Triennial report on the lunatic asylums in the province of Eastern Bengal and Assam - 1903-1911
Year: 1903
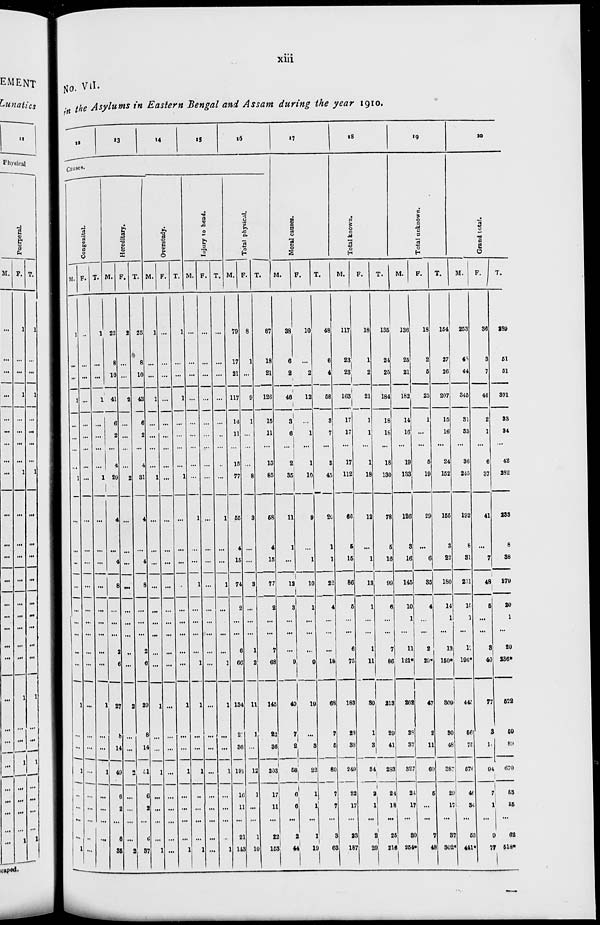
xiii
No. VII.
in the Asylums in Eastern Bengal and Assam during the year 1910.
12
13
14
15
16
Causes.
Congenital.
M.
1
...
...
1
...
...
...
...
1
...
...
...
...
...
...
...
...
...
1
...
...
1
...
...
...
...
1
F.
...
...
...
...
...
...
...
...
...
...
...
...
...
...
...
...
...
...
...
...
...
...
...
...
...
...
...
T.
1
...
...
1
...
...
...
...
1
...
...
...
...
...
...
...
...
...
1
...
...
1
...
...
...
...
1
Hereditary.
M.
23
8
10
41
6
2
...
4
29
4
...
4
8
...
...
...
2
6
27
8
14
49
6
2
...
6
35
F.
2
...
...
2
...
...
...
2
...
...
...
...
...
...
...
...
...
2
...
...
2
...
...
...
...
2
T.
25
8
10
43
6
2
...
4
31
4
...
4
8
...
...
...
2
6
29
8
14
51
6
2
...
6
37
Overstudy.
M.
1
...
...
1
...
...
...
...
1
...
...
...
...
...
...
...
...
1
...
...
1
...
...
...
...
1
F.
...
...
...
...
...
...
...
...
...
...
...
...
...
...
...
...
...
...
...
...
...
...
...
...
...
...
...
T.
1
...
...
1
...
...
...
...
1
...
...
...
...
...
...
...
...
...
1
...
...
1
...
...
...
...
1
Injury to head.
M.
...
...
...
...
...
...
...
...
...
1
...
...
1
...
...
...
...
1
1
...
...
1
..
...
...
...
1
F.
...
...
...
...
...
...
...
...
...
...
...
...
...
...
...
...
...
...
...
...
...
...
...
...
...
...
...
T.
...
...
...
...
...
...
...
..
...
1
...
...
1
...
...
...
...
1
1
...
...
1
...
...
...
...
1
Total physical.
M.
79
17
21
117
14
11
...
15
77
55
4
15
74
2
...
...
6
66
134
2
36
191
16
11
...
21
143
F.
8
1
...
9
1
...
...
...
8
3
...
...
3
...
...
...
1
2
11
1
...
12
1
...
...
1
10
T.
87
18
21
126
15
11
...
15
85
58
4
15
77
2
...
...
7
68
145
22
36
203
17
11
...
22
153
17
Moral causes.
M.
38
6
2
46
3
6
...
2
35
11
1
...
12
3
...
...
...
9
49
7
2
58
6
6
...
2
44
F.
10
...
2
12
...
1
...
1
10
9
...
1
10
1
...
...
...
9
19
...
3
22
1
1
...
1
19
T.
48
6
4
58
3
7
...
3
45
20
1
1
22
4
...
...
...
18
68
7
5
80
7
7
...
3
63
18
Total known.
M.
117
23
23
163
17
17
...
17
112
66
5
15
86
5
...
...
6
75
183
28
38
249
22
17
...
23
187
F.
18
1
2
21
1
1
...
1
18
12
...
1
13
1
...
...
1
11
30
1
3
34
2
1
...
2
29
T.
135
24
25
184
18
18
...
18
130
78
5
16
99
6
...
...
7
86
213
29
41
283
24
18
...
25
216
19
Total unknown.
M.
136
25
21
182
14
16
...
19
133
126
3
16
145
10
1
...
11
121*
262
28
37
327
24
17
...
30
254*
F.
18
2
5
25
1
...
...
5
19
29
...
6
35
4
...
...
2
29
47
2
11
60
5
...
...
7
48
T.
154
27
26
207
15
16
...
24
152
155
3
22
180
14
1
...
13
150*
309
30
48
387
29
17
...
37
302*
20
Grand total.
M.
253
48
44
345
31
33
...
36
245
192
8
31
231
15
1
...
17
196*
445
56
75
576
46
34
...
53
441*
F.
36
3
7
46
2
1
...
6
37
41
...
7
48
5
...
...
3
40
77
3
14
94
7
1
...
9
77
T.
289
51
51
391
33
34
...
42
282
233
8
38
279
20
1
...
20
236*
522
59
89
670
53
35
...
62
518*